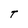
Character: T